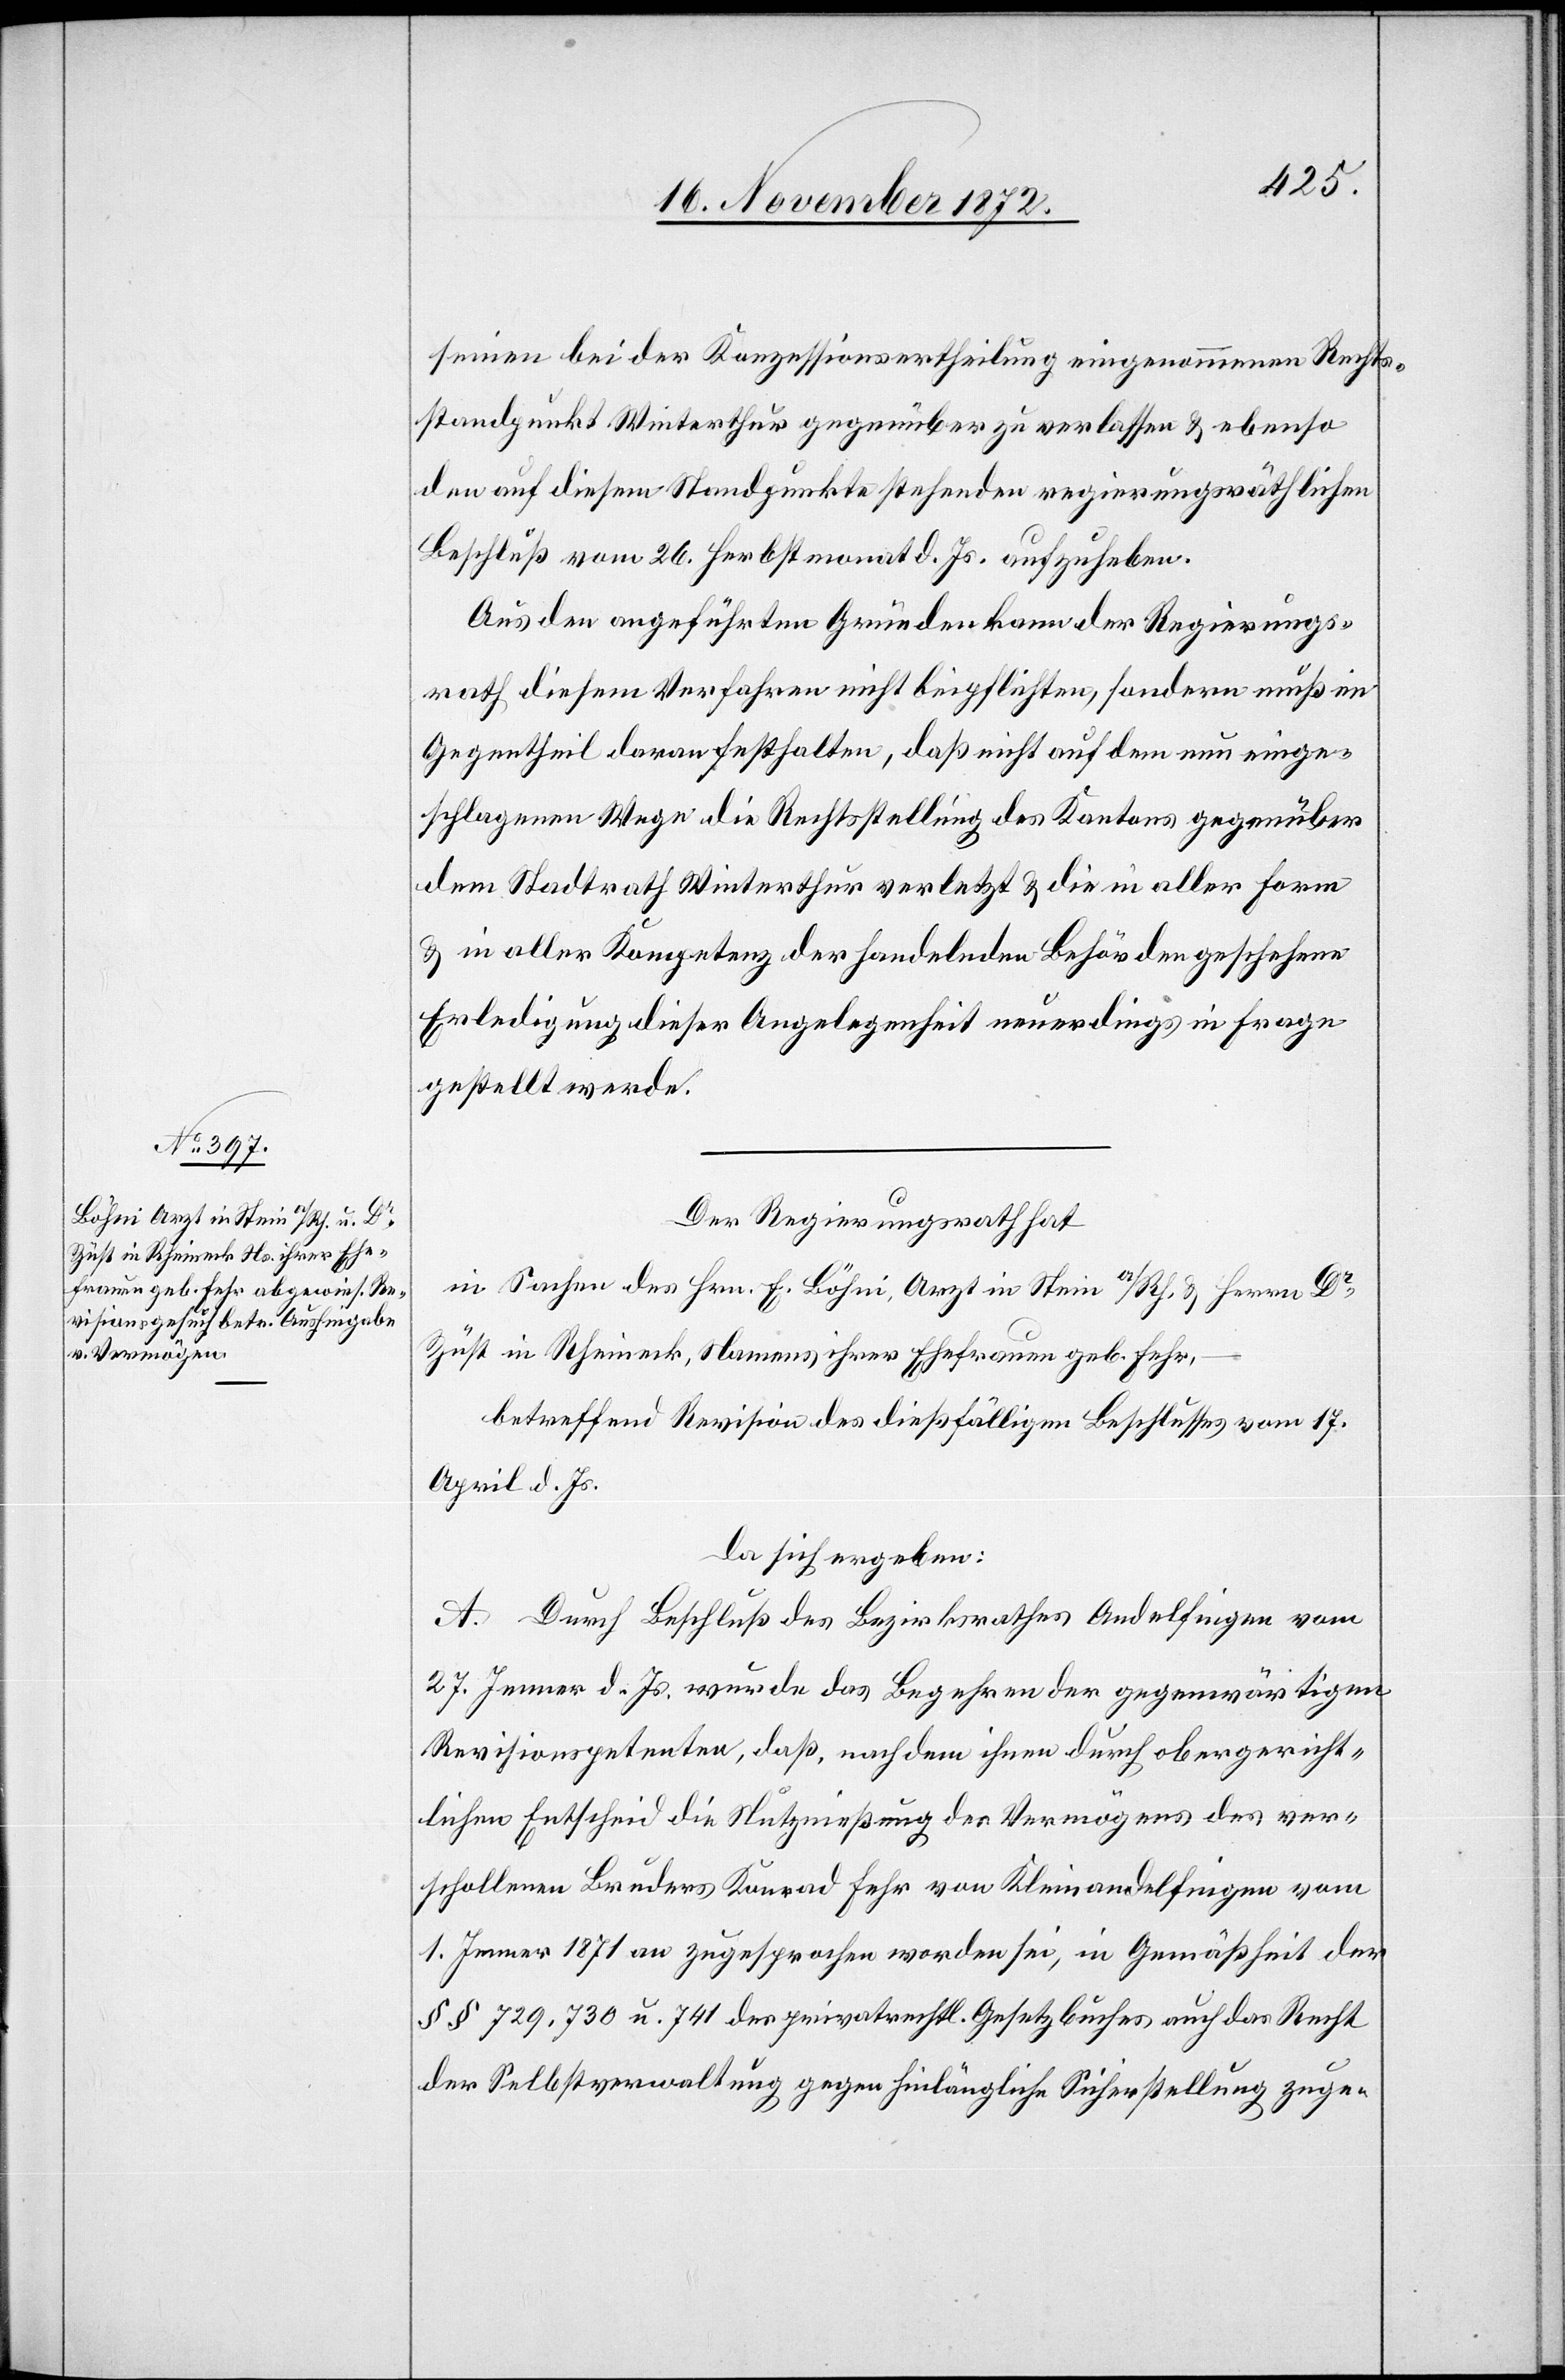
seinen bei der Konzessionsertheilung eingenommenen Rechts¬
standpunkt Winterthur gegenüber zu verlassen u. ebenso
den auf diesem Standpunkte stehenden regierungsräthlichen
Beschluß vom 26. Herbstmonat d. Js. aufzuheben.
Aus den angeführten Gründen kann der Regierungs¬
rath diesem Verfahren nicht beipflichten, sondern muß im
Gegentheil daran festhalten, daß nicht auf dem nun einge¬
schlagenen Wege die Rechtsstellung des Kantons gegenüber
dem Stadtrath Winterthur verletzt u. die in aller Form
u. in aller Kompetenz der handelnden Behörde geschehene
Erledigung dieser Angelegenheit neuerdings in Frage
gestellt werde.
Der Regierungsrath hat
in Sachen des Hrn. E. Böhni, Arzt in Stein a/Rh. u. Herrn Dr
Züst in Rheineck, Namens ihrer Ehefrauen geb. Fehr,
betreffend Revision des dießfälligen Beschlusses vom 17.
April d. Js.
da sich ergeben:
A. Durch Beschluß des Bezirksrathes Andelfingen vom
27. Jenner d. Js. wurde das Begehren der gegenwärtigen
Revisionspetenten, daß, nachdem ihnen durch obergericht¬
lichen Entscheid die Nutznießung des Vermögens des ver¬
schollenen Bruders Konrad Fehr von Kleinandelfingen vom
1. Jenner 1871 an zugesprochen worden sei, in Gemäßheit der
§§ 729, 730 u. 741 des privatrechtl. Gesetzbuches auch das Recht
der Selbstverwaltung gegen hinlängliche Sicherstellung zuge-